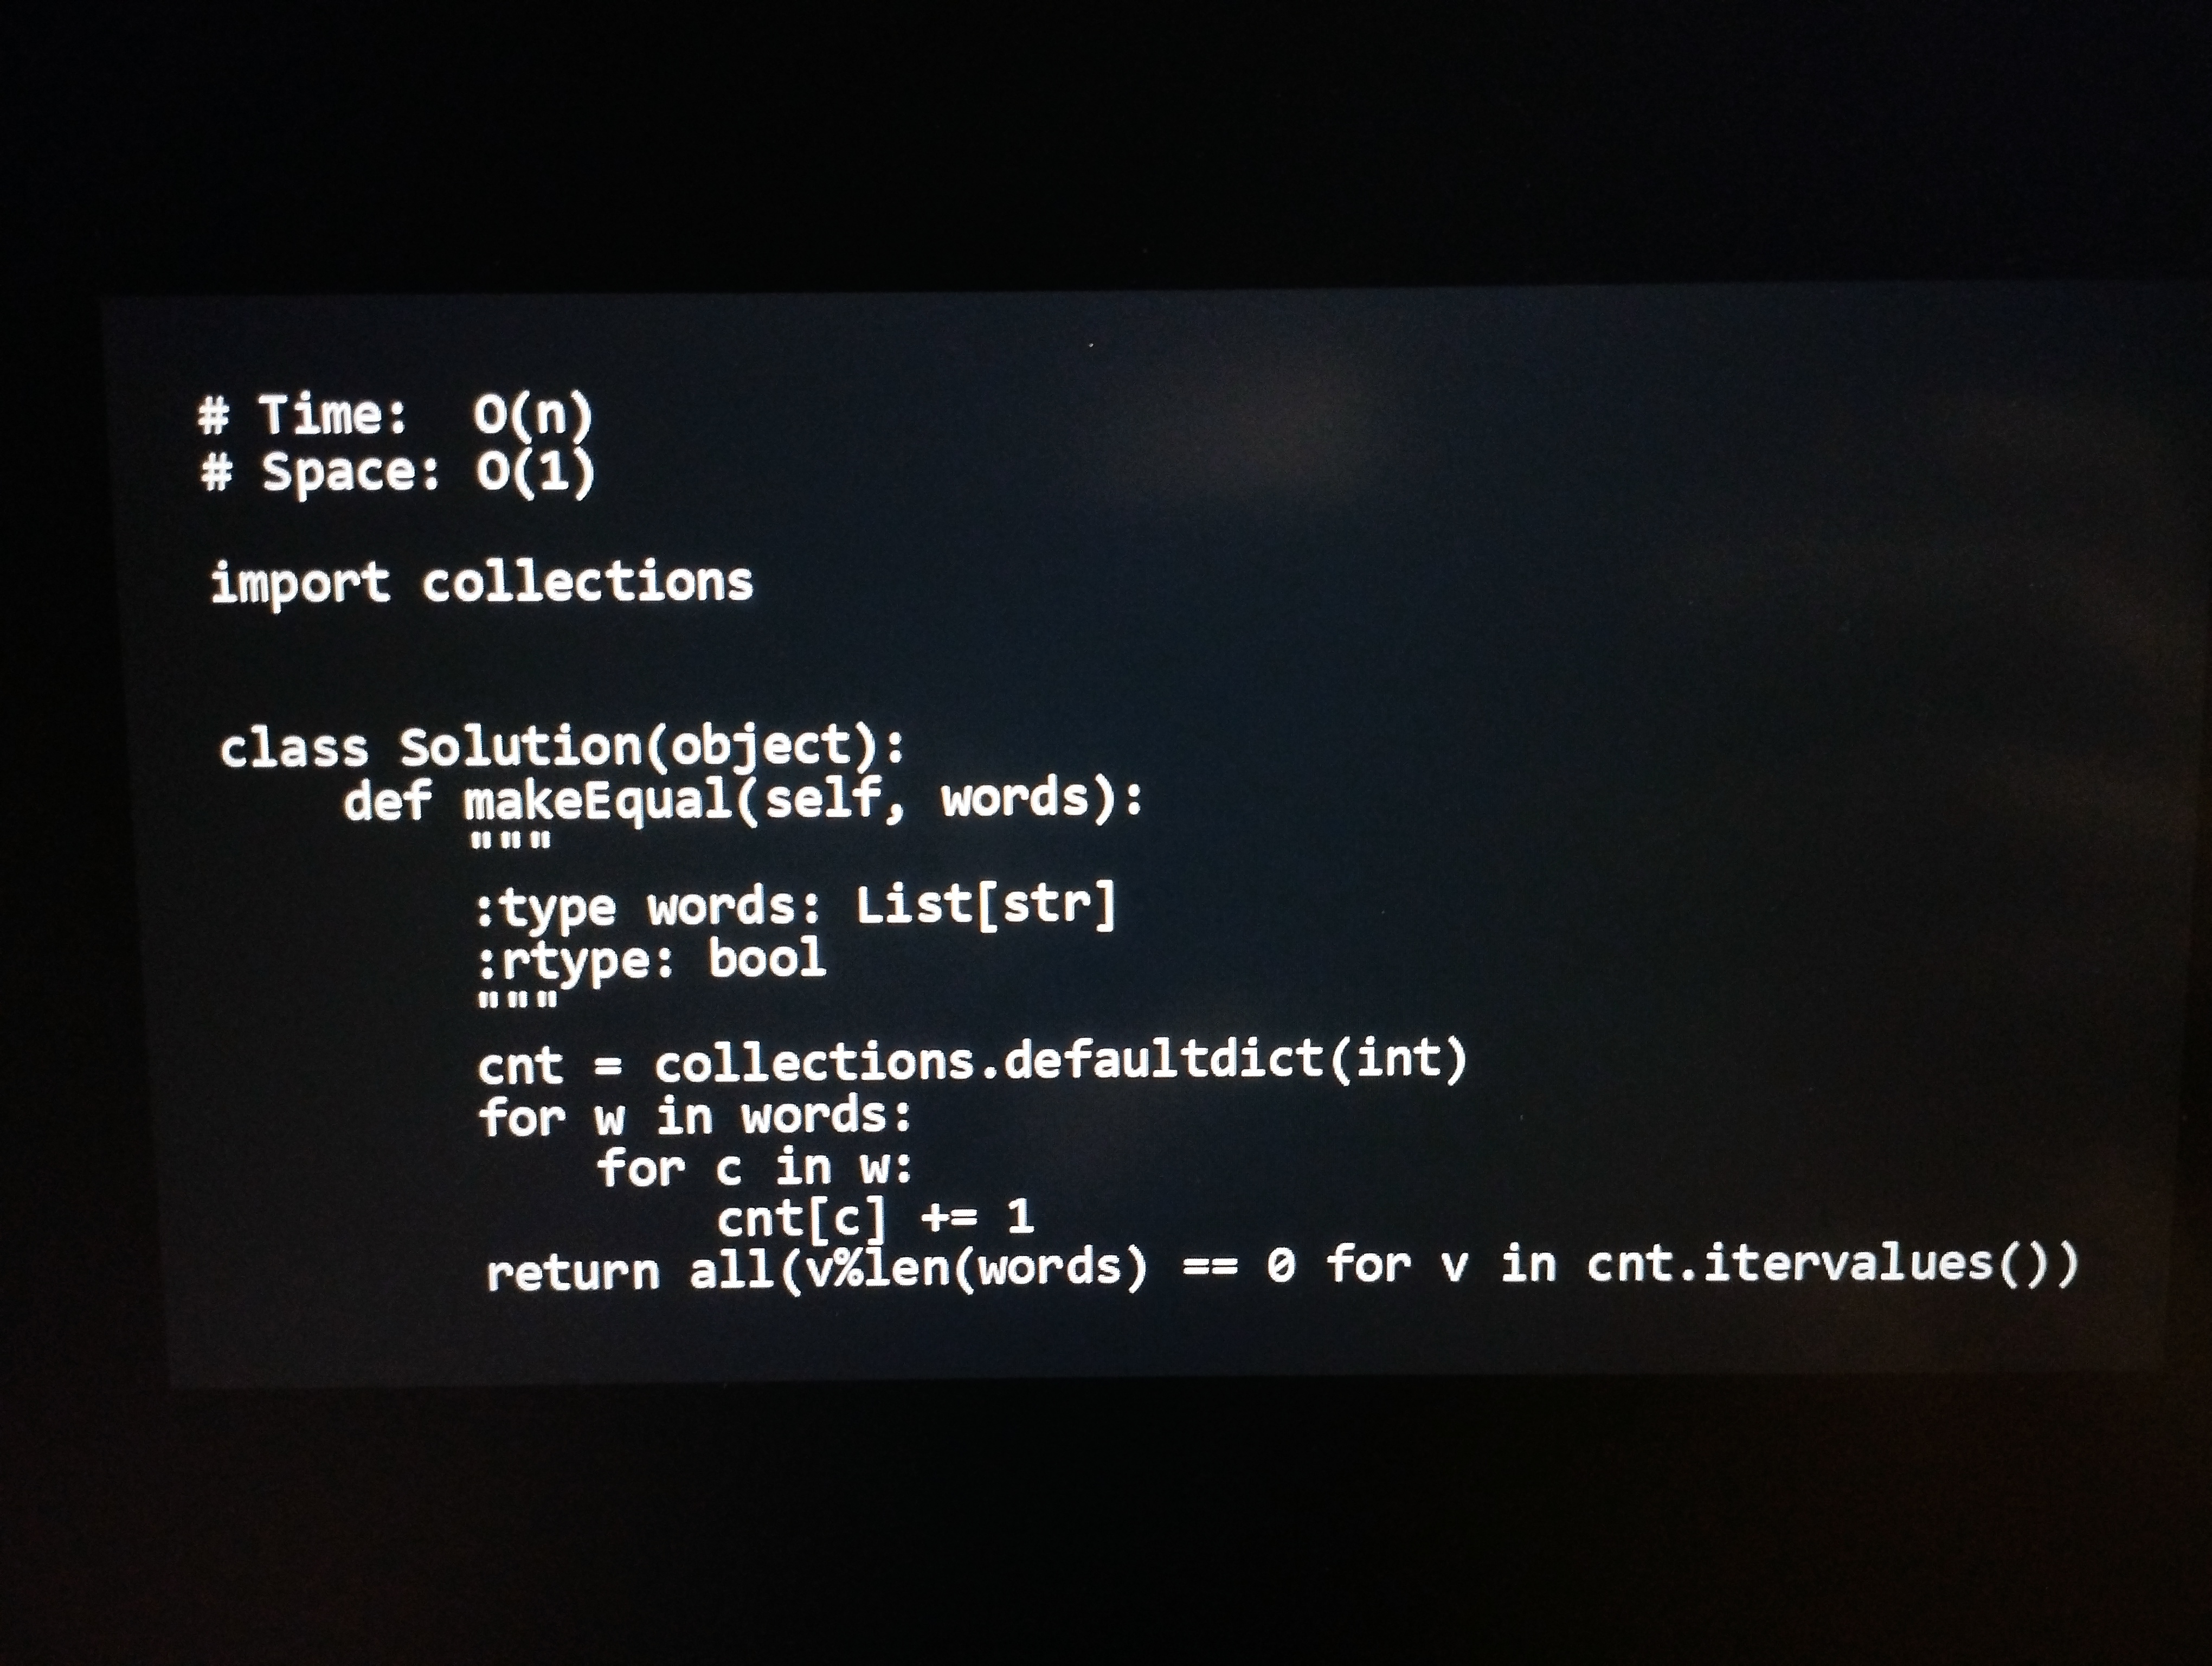
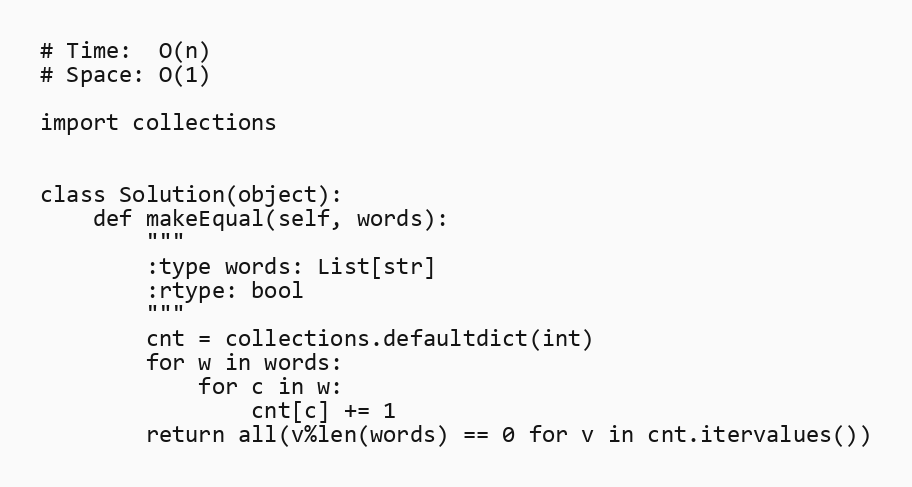
# Time:  O(n)
# Space: O(1)

import collections

class Solution(object):
    def makeEqual(self, words):
        """
        :type words: List[str]
        :rtype: bool
        """
        cnt = collections.defaultdict(int)
        for w in words:
            for c in w:
                cnt[c] += 1
        return all(v%len(words) == 0 for v in cnt.itervalues())